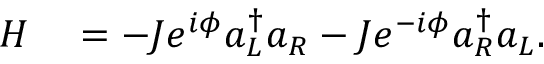
\begin{array} { r l } { H } & { { } = - J e ^ { i \phi } { a _ { L } ^ { \dagger } } a _ { R } - J e ^ { - i \phi } { a _ { R } ^ { \dagger } } a _ { L } . } \end{array}